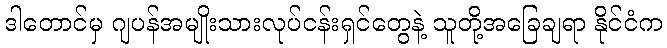
ဒါတောင်မှ ဂျပန်အမျိုးသားလုပ်ငန်းရှင်တွေနဲ့ သူတို့အခြေချရာ နိုင်ငံက